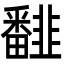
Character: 𩐏